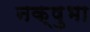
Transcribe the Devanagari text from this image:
नक्षुभा